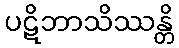
ပဋိဘာသိဿန္တိ